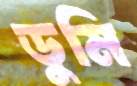
ডুমি